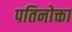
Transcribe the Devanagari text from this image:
पतिनोक्ता